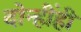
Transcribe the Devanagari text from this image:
दोन्हींही